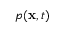
p ( \mathbf { x } , t )